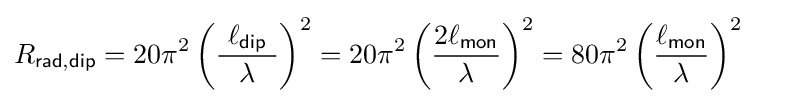
R_{\mathsf {rad,dip}}=20\pi ^{2}\left({\frac {\ \ell _{\mathsf {dip}}\ }{\lambda }}\right)^{2}=20\pi ^{2}\left({\frac {2\ell _{\mathsf {mon}}}{\lambda }}\right)^{2}=80\pi ^{2}\left({\frac {\ell _{\mathsf {mon}}}{\lambda }}\right)^{2}\qquad